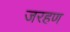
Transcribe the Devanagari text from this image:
जरहण